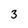
Character: 3